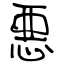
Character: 悪